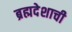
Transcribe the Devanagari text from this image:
ब्रह्मदेशाची